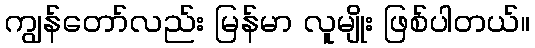
ကျွန်တော်လည်း မြန်မာ လူမျိုး ဖြစ်ပါတယ်။